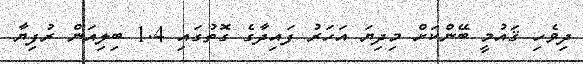
ދިވެހި ޤައުމީ ބޭންކަށް މިދިޔަ އަހަރު ފައިދާގެ ގޮތުގައި 1.4 ބިލިއަން ރުފިޔާ